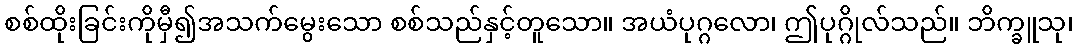
စစ်ထိုးခြင်းကိုမှီ၍အသက်မွေးသော စစ်သည်နှင့်တူသော။ အယံပုဂ္ဂလော၊ ဤပုဂ္ဂိုလ်သည်။ ဘိက္ခူသု၊